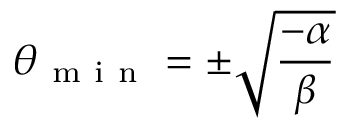
\theta _ { \mathrm { ~ m ~ i ~ n ~ } } = \pm \sqrt { \frac { - \alpha } { \beta } }